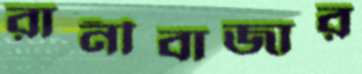
রানীবাজার